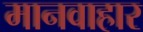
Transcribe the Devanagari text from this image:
मानवाहार